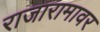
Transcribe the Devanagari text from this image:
राजारामावर